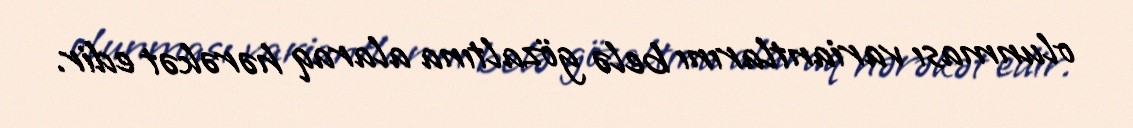
olunması variantlarını belə gözaltına alaraq hərəkət edir.